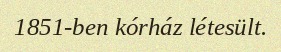
1851-ben kórház létesült.